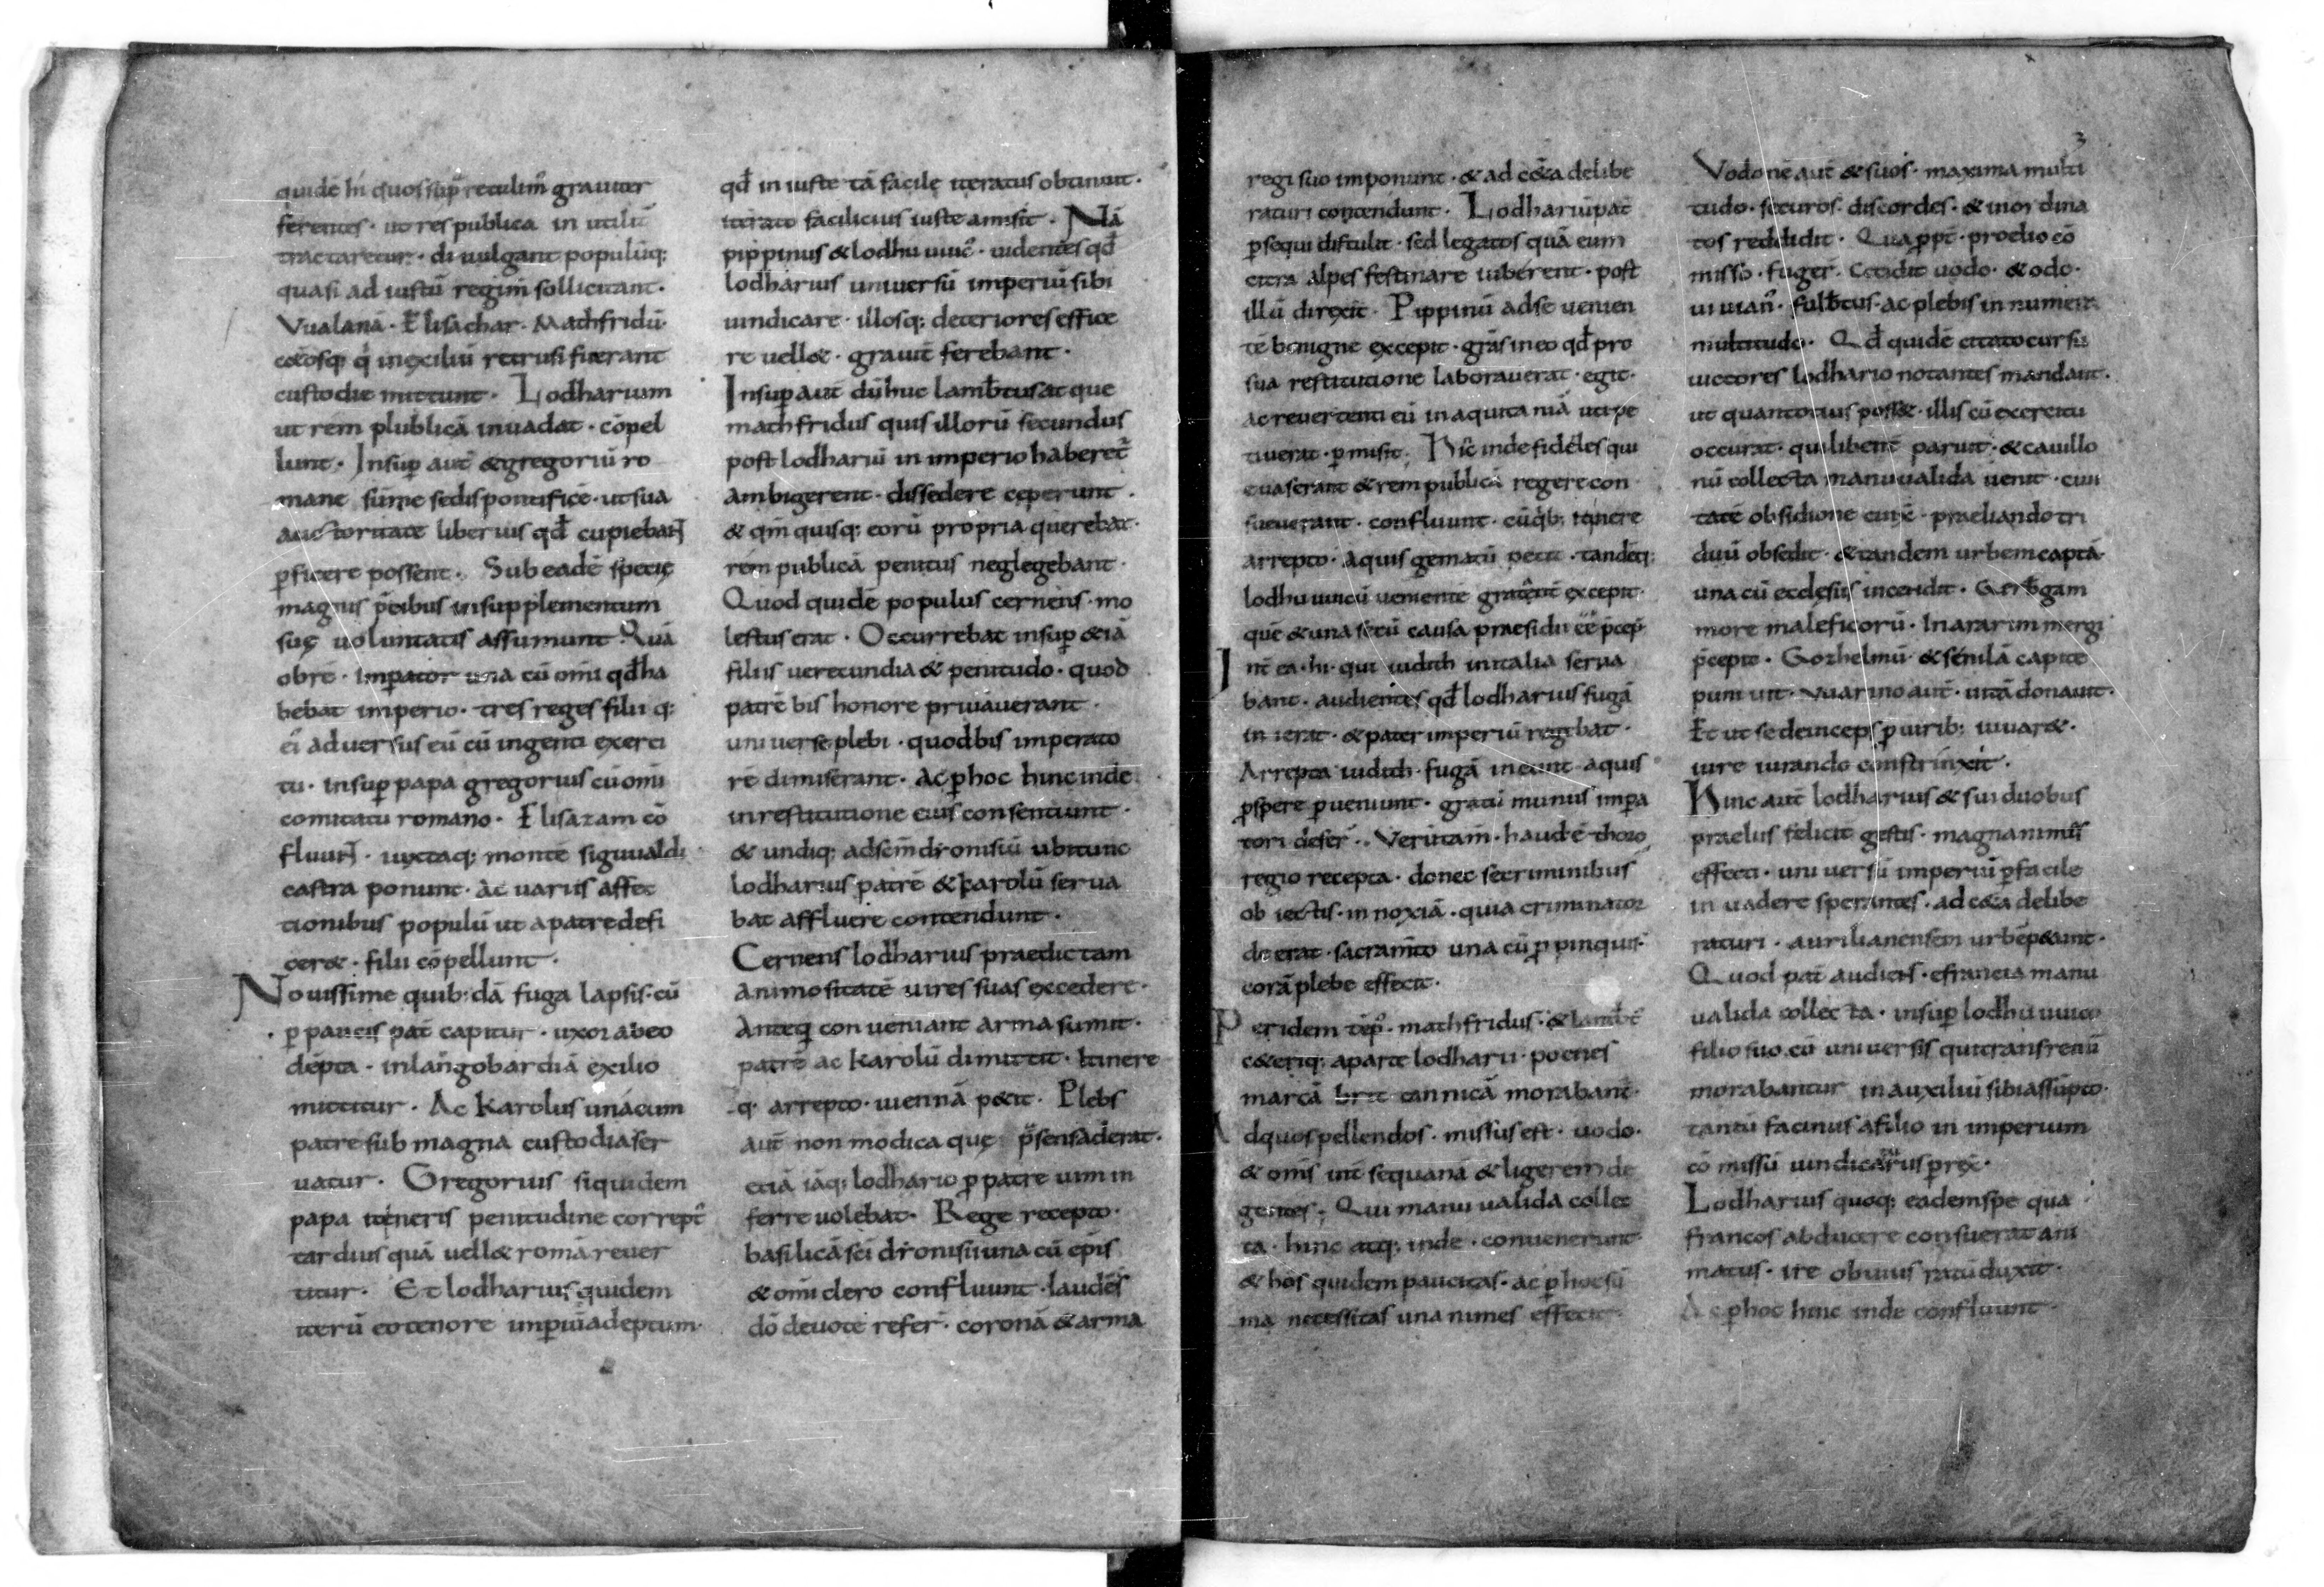
Shelfmark: Paris, BnF, lat. 9768
Century: 10